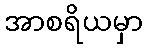
အာစရိယမှာ